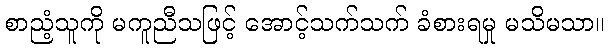
စာညံ့သူကို မကူညီသဖြင့် အောင့်သက်သက် ခံစားရမှု မသိမသာ။